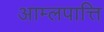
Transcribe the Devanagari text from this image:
आम्लपात्ति